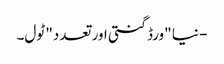
- نیا "ورڈ گنتی اور تعدد" ٹول۔